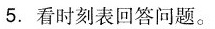
5.看时刻表回答问题。